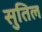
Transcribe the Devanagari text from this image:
सुतिल